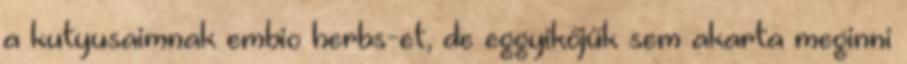
a kutyusaimnak embio herbs-et, de eggyikőjűk sem akarta meginni